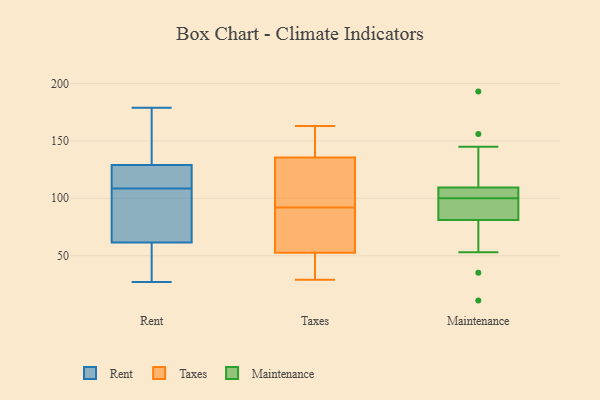
{"axis": {"x": "Population (Million)", "y": "Value"}, "legend": ["Maintenance", "Rent", "Taxes"], "data": [{"x": "", "y": 119, "type": "Rent"}, {"x": "", "y": 98, "type": "Rent"}, {"x": "", "y": 89, "type": "Rent"}, {"x": "", "y": 153, "type": "Rent"}, {"x": "", "y": 179, "type": "Rent"}, {"x": "", "y": 157, "type": "Rent"}, {"x": "", "y": 130, "type": "Rent"}, {"x": "", "y": 59, "type": "Rent"}, {"x": "", "y": 128, "type": "Rent"}, {"x": "", "y": 27, "type": "Rent"}, {"x": "", "y": 45, "type": "Rent"}, {"x": "", "y": 71, "type": "Rent"}, {"x": "", "y": 119, "type": "Rent"}, {"x": "", "y": 64, "type": "Rent"}, {"x": "", "y": 121, "type": "Rent"}, {"x": "", "y": 56, "type": "Rent"}, {"x": "", "y": 79, "type": "Taxes"}, {"x": "", "y": 97, "type": "Taxes"}, {"x": "", "y": 162, "type": "Taxes"}, {"x": "", "y": 134, "type": "Taxes"}, {"x": "", "y": 54, "type": "Taxes"}, {"x": "", "y": 51, "type": "Taxes"}, {"x": "", "y": 45, "type": "Taxes"}, {"x": "", "y": 55, "type": "Taxes"}, {"x": "", "y": 134, "type": "Taxes"}, {"x": "", "y": 116, "type": "Taxes"}, {"x": "", "y": 163, "type": "Taxes"}, {"x": "", "y": 52, "type": "Taxes"}, {"x": "", "y": 29, "type": "Taxes"}, {"x": "", "y": 68, "type": "Taxes"}, {"x": "", "y": 136, "type": "Taxes"}, {"x": "", "y": 39, "type": "Taxes"}, {"x": "", "y": 92, "type": "Taxes"}, {"x": "", "y": 148, "type": "Taxes"}, {"x": "", "y": 158, "type": "Taxes"}, {"x": "", "y": 193, "type": "Maintenance"}, {"x": "", "y": 111, "type": "Maintenance"}, {"x": "", "y": 101, "type": "Maintenance"}, {"x": "", "y": 108, "type": "Maintenance"}, {"x": "", "y": 99, "type": "Maintenance"}, {"x": "", "y": 137, "type": "Maintenance"}, {"x": "", "y": 35, "type": "Maintenance"}, {"x": "", "y": 86, "type": "Maintenance"}, {"x": "", "y": 83, "type": "Maintenance"}, {"x": "", "y": 107, "type": "Maintenance"}, {"x": "", "y": 90, "type": "Maintenance"}, {"x": "", "y": 11, "type": "Maintenance"}, {"x": "", "y": 53, "type": "Maintenance"}, {"x": "", "y": 102, "type": "Maintenance"}, {"x": "", "y": 156, "type": "Maintenance"}, {"x": "", "y": 79, "type": "Maintenance"}, {"x": "", "y": 83, "type": "Maintenance"}, {"x": "", "y": 67, "type": "Maintenance"}, {"x": "", "y": 145, "type": "Maintenance"}, {"x": "", "y": 108, "type": "Maintenance"}]}